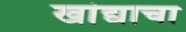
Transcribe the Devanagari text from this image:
खांद्याचा